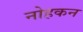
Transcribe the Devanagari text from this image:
नोहकन